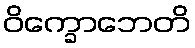
ဝိက္ခောဘေတိ